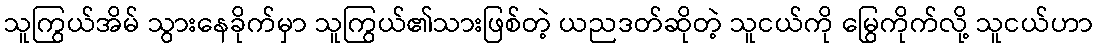
သူကြွယ်အိမ် သွားနေခိုက်မှာ သူကြွယ်၏သားဖြစ်တဲ့ ယညဒတ်ဆိုတဲ့ သူငယ်ကို မြွေကိုက်လို့ သူငယ်ဟာ